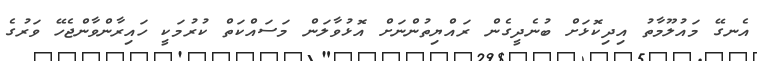
އެނގޭ މައުލޫމާތު އިދިކޮޅަށް ބުނެދީގެން ރައްޔިތުންނަށް އޮޅުވާލަން މަސައްކަތް ކުރުމަކީ ހައިރާންވާންޖެހޭ ވަރުގެ